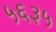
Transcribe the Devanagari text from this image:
५६३५